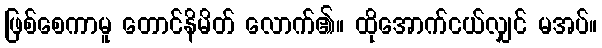
ဖြစ်စေကာမူ တောင်နိမိတ် လောက်၏။ ထိုအောက်ငယ်လျှင် မအပ်။